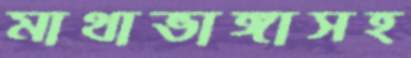
মাথাভাঙ্গাসহ